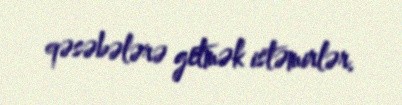
qəsəbələrə getmək istəmirlər.